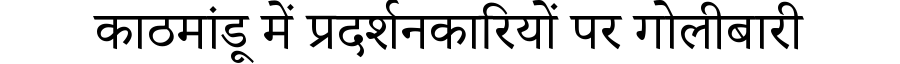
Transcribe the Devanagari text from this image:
काठमांडू में प्रदर्शनकारियों पर गोलीबारी